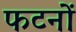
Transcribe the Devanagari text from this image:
फटनों